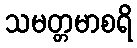
သမတ္တမာစရိ